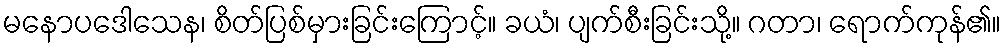
မနောပဒေါသေန၊ စိတ်ပြစ်မှားခြင်းကြောင့်။ ခယံ၊ ပျက်စီးခြင်းသို့။ ဂတာ၊ ရောက်ကုန်၏။